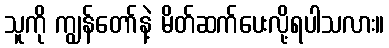
သူကို ကျွန်တော်နဲ့ မိတ်ဆက်ပေးလို့ရပါသလား။